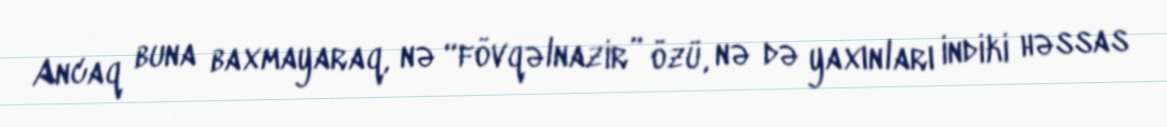
Ancaq buna baxmayaraq, nə “fövqəlnazir” özü, nə də yaxınları indiki həssas